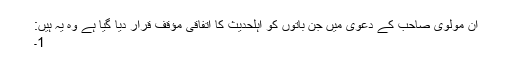
ان مولوی صاحب کے دعویٰ میں جن باتوں کو اہلحدیث کا اتفاقی مؤقف قرار دیا گیا ہے وہ یہ ہیں:
1۔